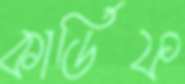
কার্ডিফ